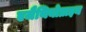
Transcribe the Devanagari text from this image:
एजैथियोप्राइन